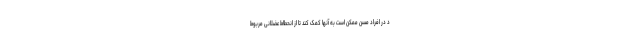
د در افراد مسن ممکن است به آنها کمک کند تا از انحطاط عضلانی مربوط